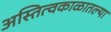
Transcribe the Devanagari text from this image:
अस्तित्वकाळातल्या